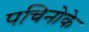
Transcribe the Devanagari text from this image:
पचिनोके